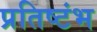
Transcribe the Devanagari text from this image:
प्रतिष्टंभ